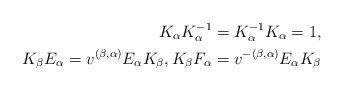
LaTeX: \begin{align*} K_\alpha K_\alpha ^{-1}=K_\alpha ^{-1}K_\alpha =1,\\ K_\beta E_\alpha =v^{(\beta ,\alpha )}E_\alpha K_\beta , K_\beta F_\alpha =v^{-(\beta ,\alpha )}E_\alpha K_\beta\end{align*}